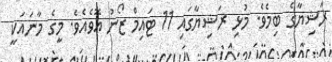
ރަޝިޔާގެ ބިމެވެ. މުޅި ރަޝިޔާގައި 11 ޓައިމް ޒޯނު އޮވެއެވެ. މީގެ މާނައަކީ